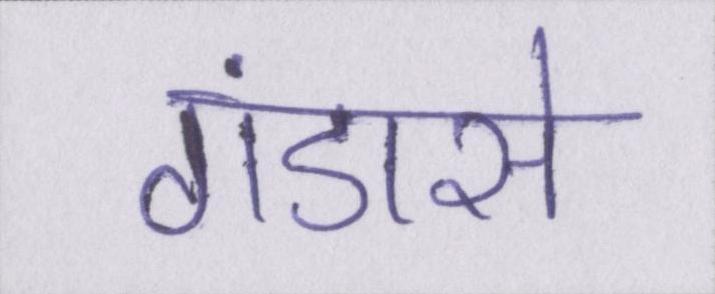
गंडासे